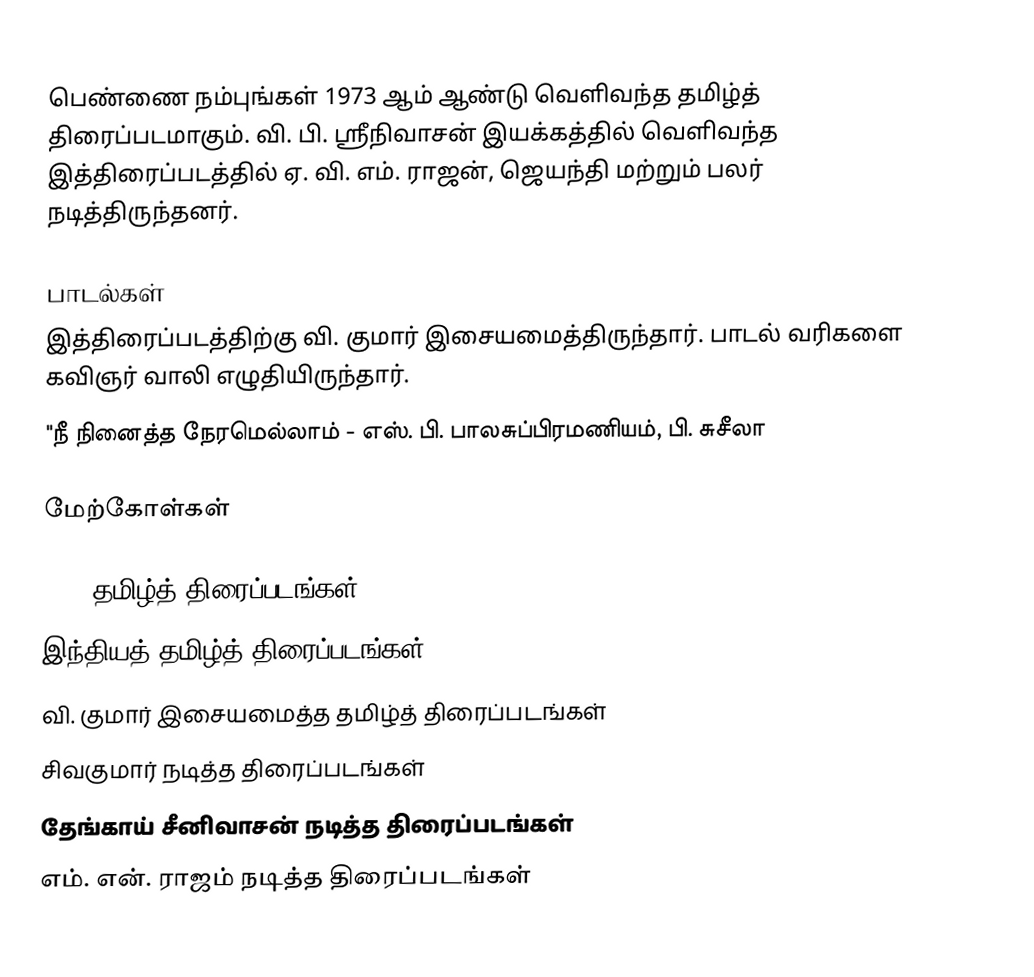
பெண்ணை நம்புங்கள் 1973 ஆம் ஆண்டு வெளிவந்த தமிழ்த் திரைப்படமாகும். வி. பி. ஸ்ரீநிவாசன் இயக்கத்தில் வெளிவந்த இத்திரைப்படத்தில் ஏ. வி. எம். ராஜன், ஜெயந்தி மற்றும் பலர் நடித்திருந்தனர்.

பாடல்கள்
இத்திரைப்படத்திற்கு வி. குமார் இசையமைத்திருந்தார். பாடல் வரிகளை கவிஞர் வாலி எழுதியிருந்தார்.
 "நீ நினைத்த நேரமெல்லாம் - எஸ். பி. பாலசுப்பிரமணியம், பி. சுசீலா

மேற்கோள்கள்

1973 தமிழ்த் திரைப்படங்கள்
இந்தியத் தமிழ்த் திரைப்படங்கள்
வி. குமார் இசையமைத்த தமிழ்த் திரைப்படங்கள்
சிவகுமார் நடித்த திரைப்படங்கள்
தேங்காய் சீனிவாசன் நடித்த திரைப்படங்கள்
எம். என். ராஜம் நடித்த திரைப்படங்கள்